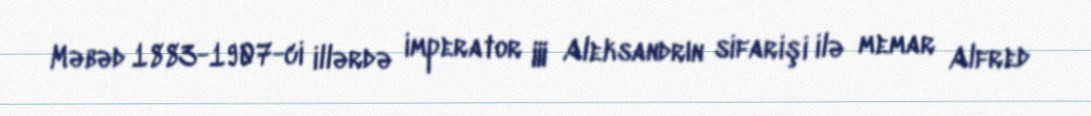
Məbəd 1883-1907-ci illərdə imperator III Aleksandrın sifarişi ilə memar Alfred